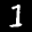
Label: 1